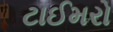
ટાઈમરો